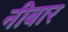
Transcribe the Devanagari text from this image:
नीबार